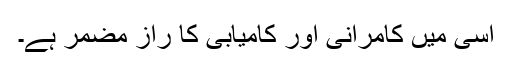
اسی میں کامرانی اور کامیابی کا راز مضمر ہے۔